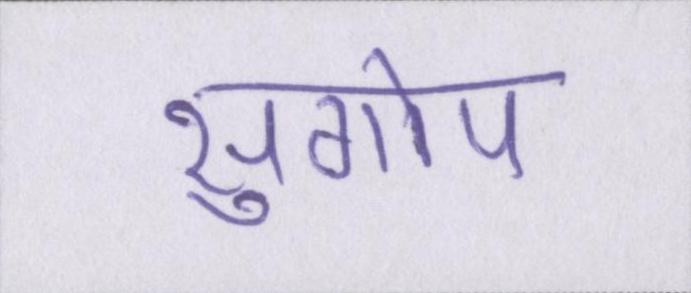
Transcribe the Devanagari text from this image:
सुगोप